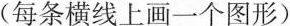
(每条横线上画一个图形)